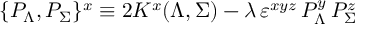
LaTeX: \{ { \cal P } _ { \Lambda } , { \cal P } _ { \Sigma } \} ^ { x } \equiv 2 K ^ { x } ( \Lambda , \Sigma ) - { { \lambda } } \, \varepsilon ^ { x y z } \, { \cal P } _ { \Lambda } ^ { y } \, { \cal P } _ { \Sigma } ^ { z }